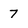
Character: 7